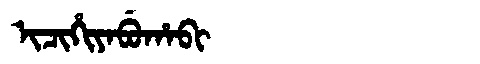
Manchu: ᡳᠴᡳᡥᡳᠶᠠᠪᡠᡥᠠᠪᡳ
Romanization: ICIHIYABUHABI